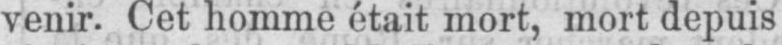
venir. Cet homme était mort, mort depuis